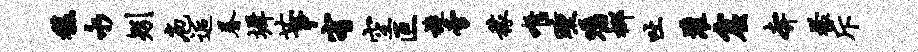
馥永矧庖逅眷墀廿事宥空叵旋旁稼唯曛嘱榔吐灌窟奔檬斥